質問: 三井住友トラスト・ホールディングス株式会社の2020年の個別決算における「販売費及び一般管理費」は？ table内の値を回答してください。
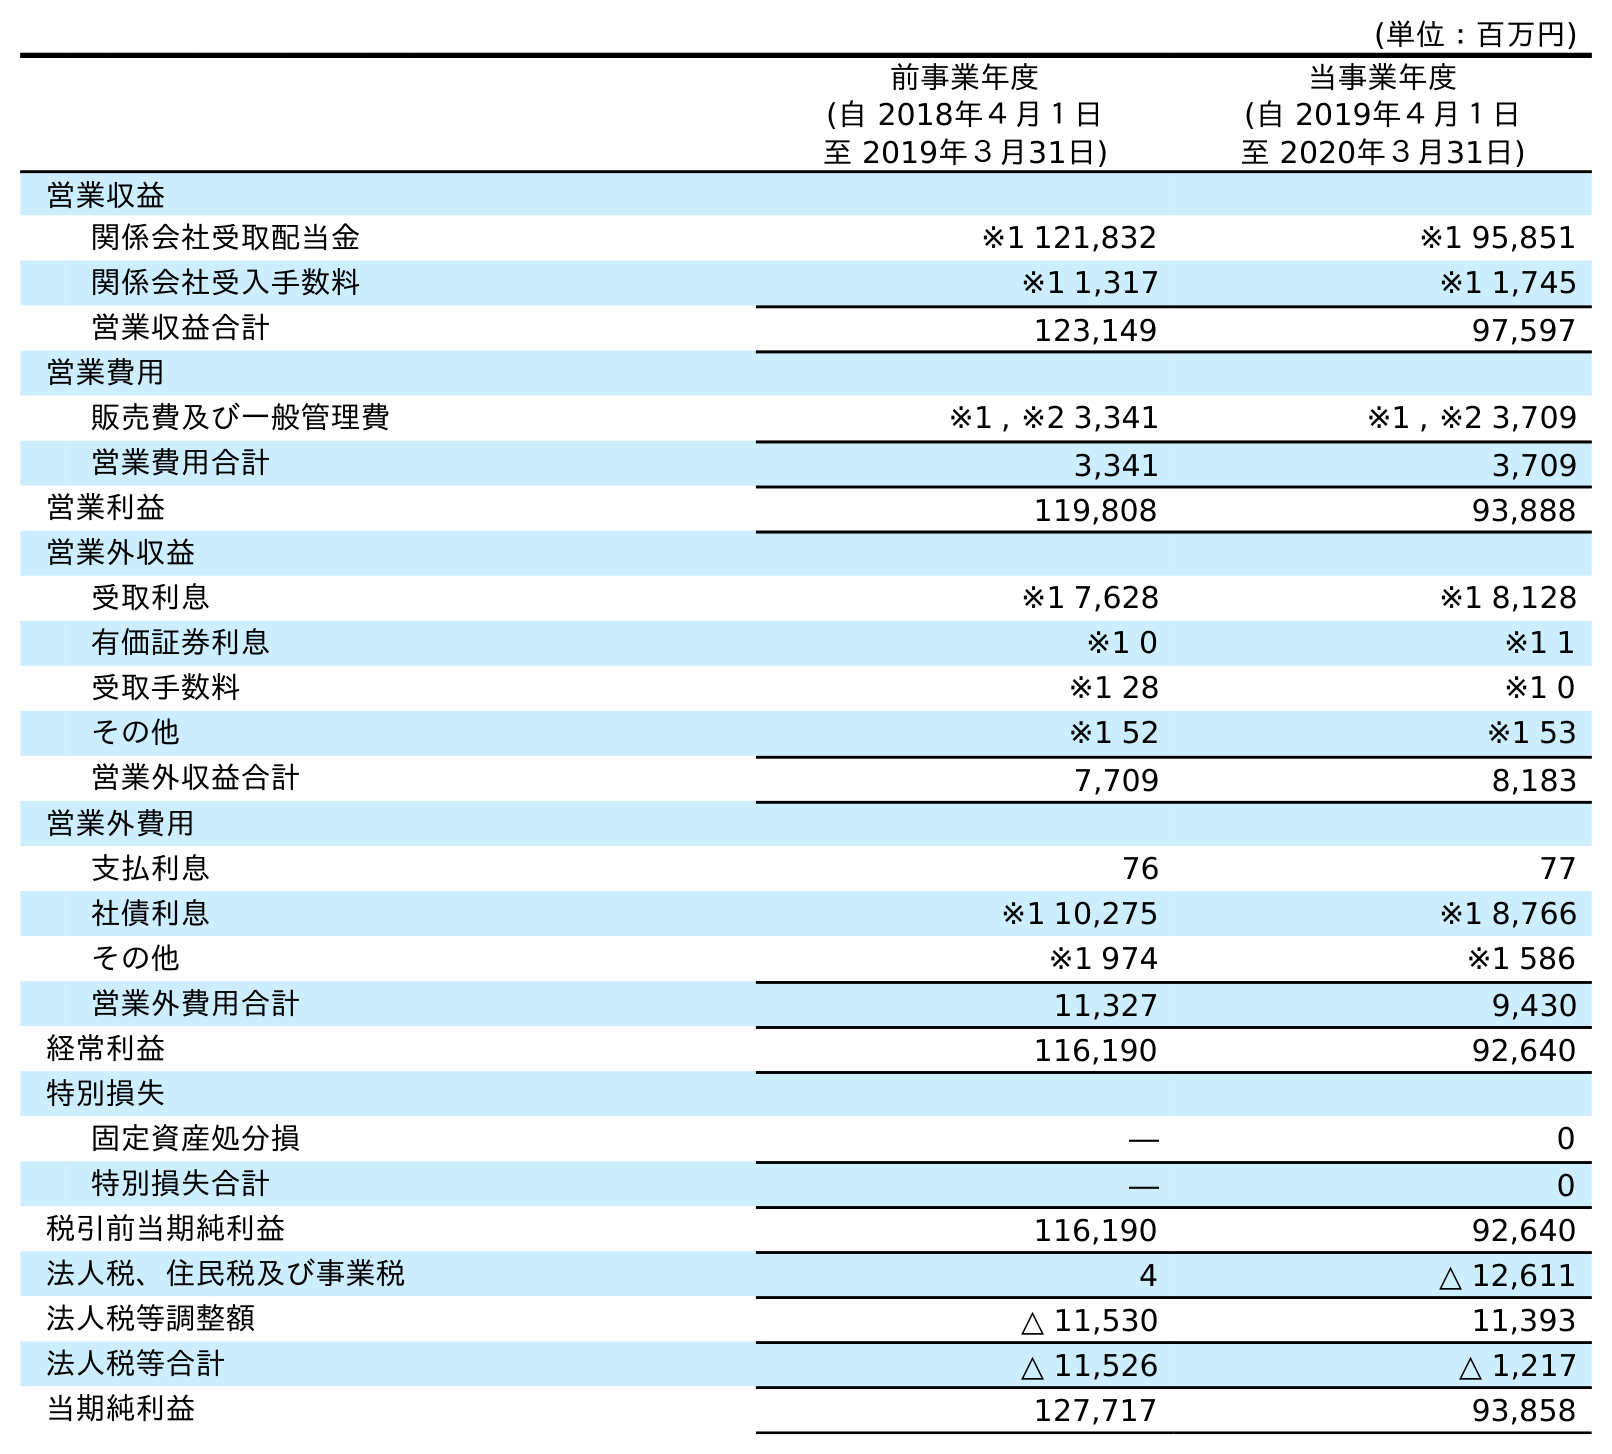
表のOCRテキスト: (単位：百万円) 前事業年度 (自 2018年４月１日 至 2019年３月31日) 当事業年度 (自 2019年４月１日 至 2020年３月31日) 営業収益 関係会社受取配当金 ※1 121,832 ※1 95,851 関係会社受入手数料 ※1 1,317 ※1 1,745 営業収益合計 123,149 97,597 営業費用 販売費及び一般管理費 ※1 , ※2 3,341 ※1 , ※2 3,709 営業費用合計 3,341 3,709 営業利益 119,808 93,888 営業外収益 受取利息 ※1 7,628 ※1 8,128 有価証券利息 ※1 0 ※1 1 受取手数料 ※1 28 ※1 0 その他 ※1 52 ※1 53 営業外収益合計 7,709 8,183 営業外費用 支払利息 76 77 社債利息 ※1 10,275 ※1 8,766 その他 ※1 974 ※1 586 営業外費用合計 11,327 9,430 経常利益 116,190 92,640 特別損失 固定資産処分損 ― 0 特別損失合計 ― 0 税引前当期純利益 116,190 92,640 法人税、住民税及び事業税 4 △ 12,611 法人税等調整額 △ 11,530 11,393 法人税等合計 △ 11,526 △ 1,217 当期純利益 127,717 93,858
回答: ※1,※23,709